Reports on military cantonments and civil stations in the Presidency of Bombay inspected by the Sanitary Commissioner in the years 1875 and 1876
Year: 1875
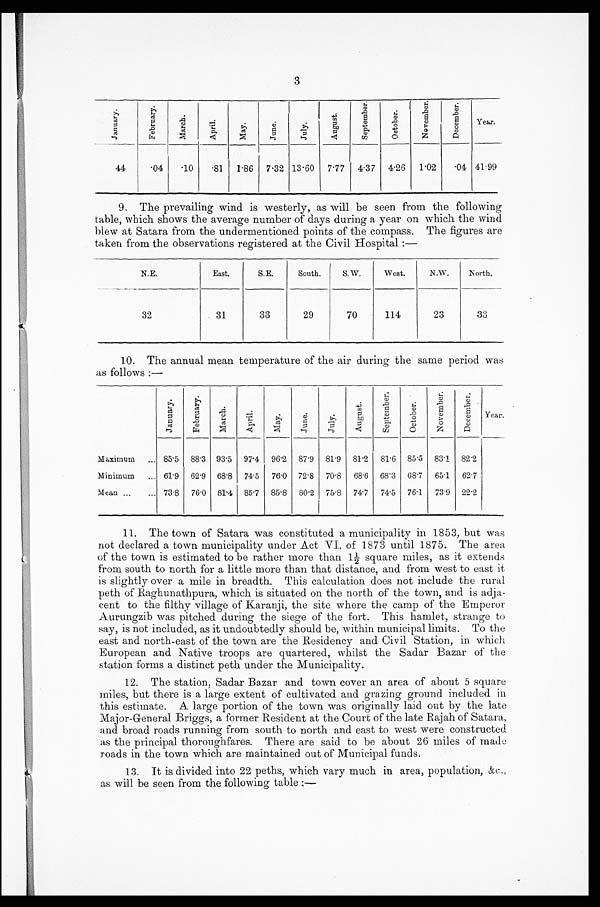
3
J a n u a r y .
F e b r u a r y .
M a r c h .
A p r i l .
M a y .
J u n e .
July.
A u g u s t .
S e p t e m b e r .
O c t o b e r .
N o v e m b e r .
D e c e m b e r .
Y e a r .
44
. 0 4
. 1 0
. 8 1 1.86
7.32 13.60
7.77
4.37
4.26
1.02
. 0 4 41.99
9. The prevailing wind is westerly, as will be seen from the following
table, which shows the average number of days during a year on which the wind
blew at Satara from the undermentioned points of the compass. The figures are
taken from the observations registered at the Civil Hospital:—
N.E.
East.
S.E.
South.
S.W.
West.
N.W.
North.
32
31
33
29
70
114
23
33
10. The annual mean temperature of the air during the same period was
as follows:—
J a n u a r y .
F e b r u a r y .
M a r c h .
A p r i l .
M a y .
J u n e .
J u l y .
A u g u s t .
S e p t e m b e r .
O c t o b e r .
N o v e m b e r .
D e c e m b e r .
Y e a r .
Maximum . . . 85.5
88.3 93.5
97.4
96.2
87.9
81.9
81.2
81.6
85.5
83.1
82.2
Minimum . . . 61.9
62.9
68.8
74.5
76.0
72.8
70.8
68.6
68.3
68.7
65.1
62.7
Mean . . . 73.8
76.0
81.4
85.7
85.8
80.2
75.8
74.7
74.5
76.1
73.9
22.2
11. The town of Satara was constituted a municipality in 1853, but was
not declared a town municipality under Act VI. of 1873 until 1875. The area
of the town is estimated to be rather more than 1½ square miles, as it extends
from south to north for a little more than that distance, and from west to east it
is slightly over a mile in breadth. This calculation does not include the rural
peth of Raghunathpura, which is situated on the north of the town, and is adja
- c e n t t o t h e f i l t h y v i l l a g e o f K a r a n j i , t h e s i t e w h e r e t h e c a m p o f t h e E m p e r o r
Aurungzib was pitched during the siege of the fort. This hamlet, strange to
say, is not included, as it undoubtedly should be, within municipal limits. To the
east and north-east of the town are the Residency and Civil Station, in which
European and Native troops are quartered, whilst the Sadar Bazar of the
station forms a distinct peth under the Municipality.
12. The station, Sadar Bazar and town cover an area of about 5 square
miles, but there is a large extent of cultivated and grazing ground included
this estimate. A large portion of the town was originally laid out by the late
Major-General Briggs, a former Resident at the Court of the late Rajah of Satara,
and broad roads running from south to north and east to west were constructed
as the principal thoroughfares. There are said to be about 26 miles of made
roads in the town which are maintained out of Municipal funds.
13. It is divided into 22 peths, which vary much in area, population, &c.,
as will be seen from the following table:—